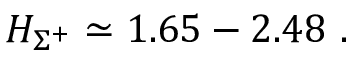
H _ { \Sigma ^ { + } } \simeq 1 . 6 5 - 2 . 4 8 \ .